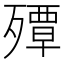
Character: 𭮠